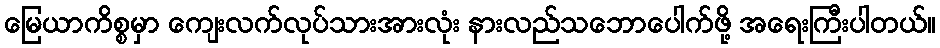
မြေယာကိစ္စမှာ ကျေးလက်လုပ်သားအားလုံး နားလည်သဘောပေါက်ဖို့ အရေးကြီးပါတယ်။